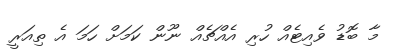
މާ ބޮޑު ވެއިޓެއް ހުރި އެއްޗެއް ނޫން ކަމަށް ހަމަ އެ ތިއަރީ